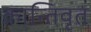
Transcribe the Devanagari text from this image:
क्रान्तिवृत